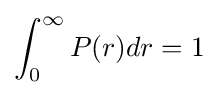
\int _{0}^{\infty }P(r)dr=1